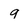
Character: 9